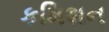
કમિશન